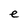
Character: e